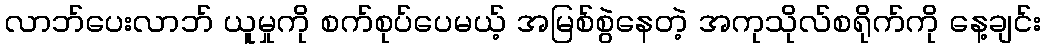
လာဘ်ပေးလာဘ် ယူမှုကို စက်စုပ်ပေမယ့် အမြစ်စွဲနေတဲ့ အကုသိုလ်စရိုက်ကို နေ့ချင်း